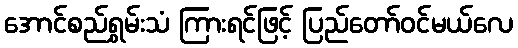
အောင်စည်ရွှမ်းသံ ကြားရင်ဖြင့် ပြည်တော်ဝင်မယ်လေ